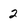
Character: 2